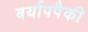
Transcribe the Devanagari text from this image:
बर्यापपैकी